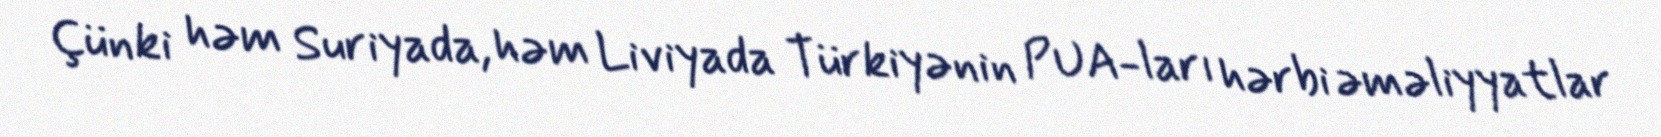
Çünki həm Suriyada, həm Liviyada Türkiyənin PUA-ları hərbi əməliyyatlar